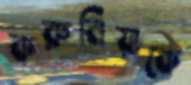
করুনিয়াকে